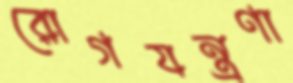
রোগযন্ত্রণা